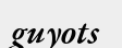
guyots